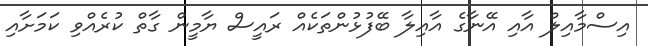
އިސްމާއިލް އާއި އޭނާގެ އާއިލާ ބޭފުޅުންތަކެއް ރައީސް ޔާމީން ގާތް ކުރެއްވި ކަމަށާއި